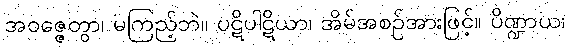
အဝဇ္ဇေတွာ၊ မကြည့်ဘဲ။ ပဋိပါဋိယာ၊ အိမ်အစဉ်အားဖြင့်။ ပိဏ္ဍာယ၊